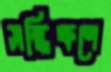
সন্ধিক্ষণে